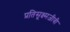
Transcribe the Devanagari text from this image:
प्रतिसूक्ष्मजीवी